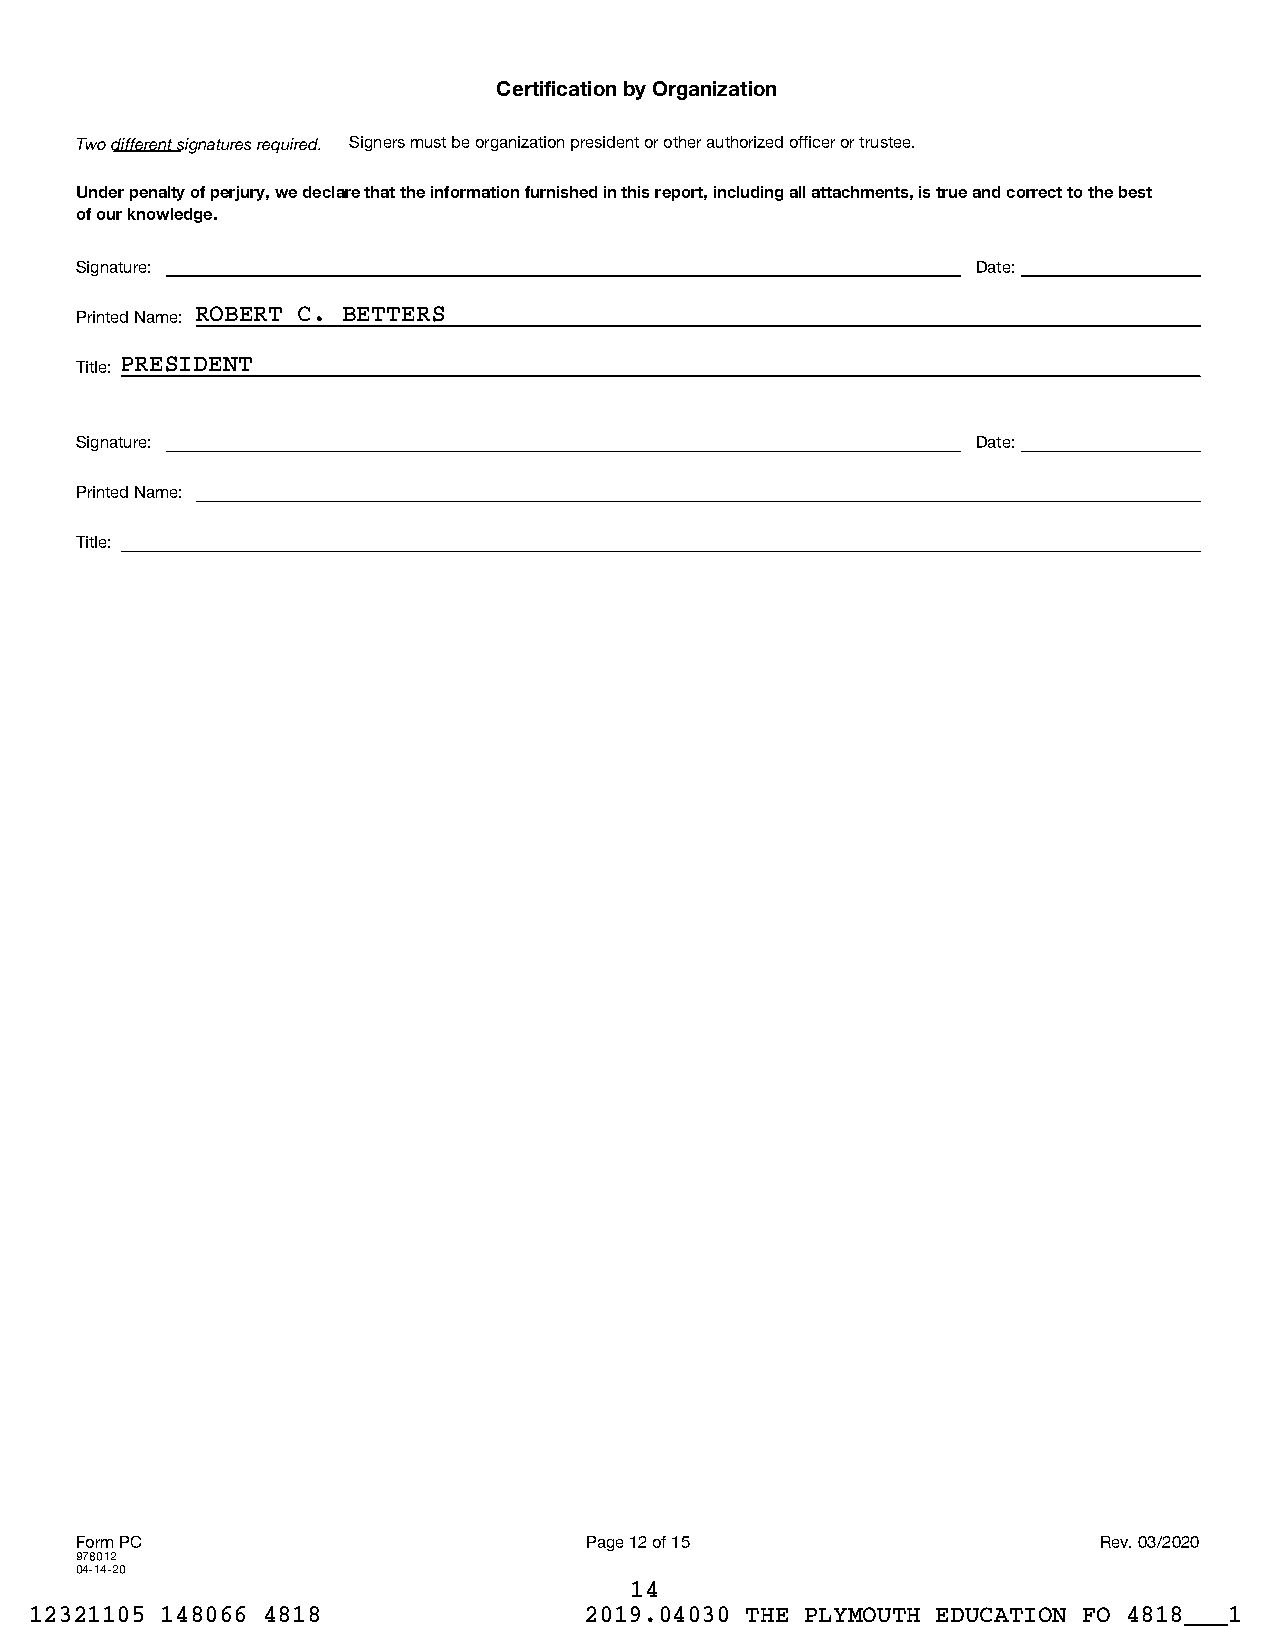
Certification by Organization
 Two different signatures required. Signers must be organization president or other authorized officer or trustee.
 Under penalty of perjury, we declare that the information furnished in this report, including all attachments, is true and correct to the best
 of our knowledge.
 Signature:                                                  Date:
 Printed Name: ROBERT C. BETTERS
 Title: PRESIDENT
 Signature:                                                  Date:
 Printed Name:
 Title:
 Form PC                           Page 12 of 15                     Rev. 03/2020
 978012
 04-14-20
 14
 12321105 148066 4818                 2019.04030 THE PLYMOUTH EDUCATION FO 4818___1